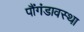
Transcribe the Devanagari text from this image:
पौंगंडावस्था